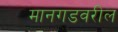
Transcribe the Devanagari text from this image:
मानगडवरील